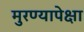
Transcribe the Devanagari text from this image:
मुरण्यापेक्षा